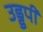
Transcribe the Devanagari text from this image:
उड्डपी